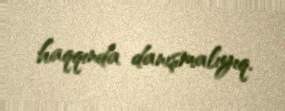
haqqında danışmalıyıq.